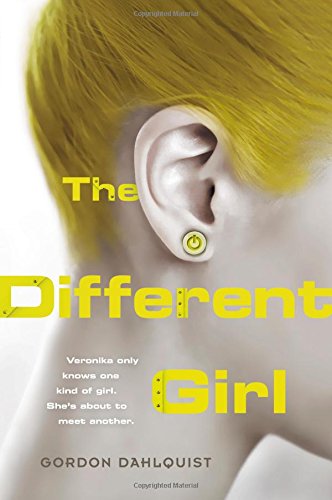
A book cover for The Different Girl; Gordon Dahlquist; Teen & Young Adult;